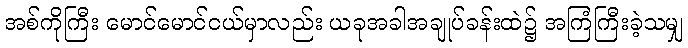
အစ်ကိုကြီး မောင်မောင်ငယ်မှာလည်း ယခုအခါအချုပ်ခန်းထဲ၌ အကြံကြီးခဲ့သမျှ